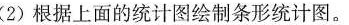
(2)根据上面的统计图绘制条形统计图。